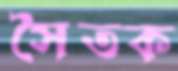
সৈতক